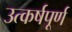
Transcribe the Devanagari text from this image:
उत्कर्षपूर्ण